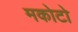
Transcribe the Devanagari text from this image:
मकोटो